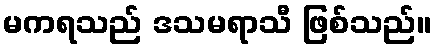
မကရသည် ဒသမရာသီ ဖြစ်သည်။